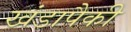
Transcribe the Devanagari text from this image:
खंडापैकी